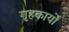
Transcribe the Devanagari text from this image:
गृहकार्यों